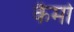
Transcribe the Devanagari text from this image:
कैमो